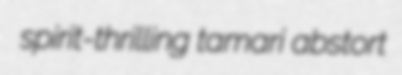
spirit-thrilling tamari abstort